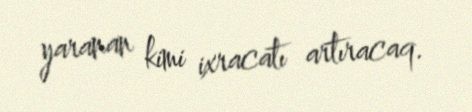
yaranan kimi ixracatı artıracaq.